Report on leprosy in the North-Western Provinces
Disease focus: Leprosy
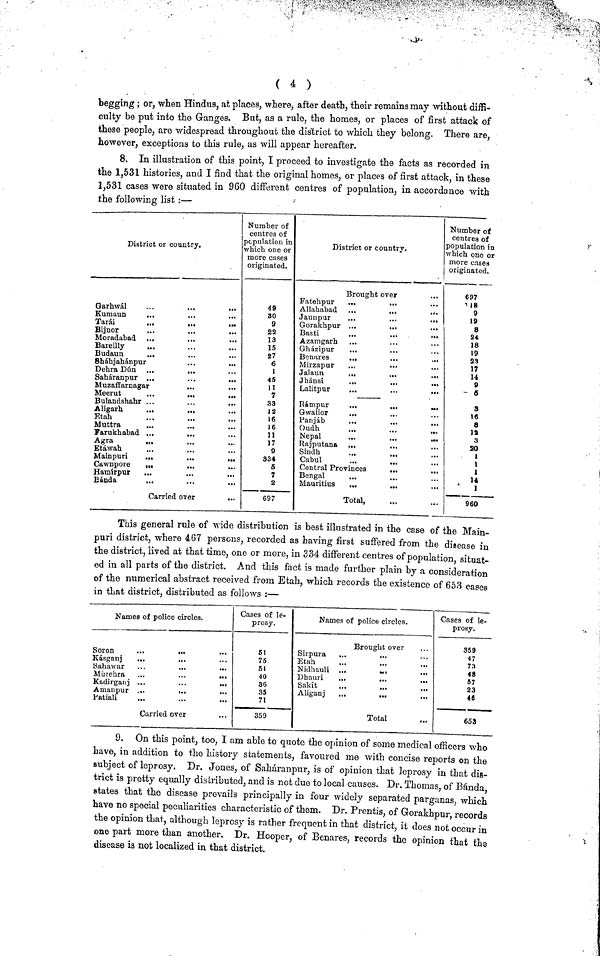
begging ; or, when Hindus, at places, where, after death, their remains may without diffi-
culty be put into the Ganges. But, as a rule, the homes, or places of first attack of
these people, are widespread throughout the district to which they belong. There are,
however, exceptions to this rule, as will appear hereafter.
8. In illustration of this point, I proceed to investigate the facts as recorded in
the 1,531 histories, and I find that the original homes, or places of first attack, in these
1,531 cases were situated in 960 different centres of population, in accordance with
the following list :—
District or country.
Garhwál
...
...
...
Kumaun
...
Tarái
...
...
•••
Bijnor
Moradabad ...
...
•••
Bareilly
...
Budaun
...
Shákjahánpur
Dehra Dún
Saháranpur ...
...
...
Muzaffamagar
Meerut
...
...
...
Bulandshahr ...
Aligarh
...
...
Etah
Muttra
Farukhabad ...
Agra
Etáwah
Mainpuri
...
...
...
Cawnpore
..•
...
Hamirpur
...
...
...
Bánda
Carried over
...
Number of
centres of
Population in
Which. one or
more cases
originated.
49
80
9
22
13
15
27
6
1
45
11
7
33
12
16
16
11
17
9
334
5
7
2
697
District or country.
Brought over
Fatehpur
...
Allahabad ...
...
...
Jauupur
...
...
..•
Gorakhpur ...
Basti
...
...
...
Azamgarh
Gházipur
Benares
.,.
...
,..
Mirzapur
..,
•••
Jalaun
...
...
...
Jhánsi
...
...
...
Lalitpur
...
...
...
Rámpur
...
,.,
...
Gwalior
...
...
Panjáb
Oudh
Nepal
...
...
...
Rajputana ...
Sindh
Cabul
Central Provinces
...
...
Bengal
Mauritius
...
...
Total,
Number oí
centres of
population i
which one c
more cases
originated.
697
18
9
19
8
24
18
19
23
17
14
9
5
3
16
8
la
3
20
t
1
i
14
1
960
This general rule of wide distribution is best illustrated in the case of the Main-
puri district, where 4.67 persons, recorded as having first suffered from the disease in
the district, lived at that time, one or more, in 334 different centres of population, situat-
ed in all parts of the district. And this fact is made further plain by a consideration
of the numerical abstract received from Etah, which records the existence of 653 cases
in that district, distributed as follows :—
Names of police circles.
Soron
...
...
Kásganj
...
Sahawar
Murekra ...
...
•••
Kadirgauj ...
•••
•••
Amanpur ...
•..
Patiali
...
••.
...
Carried over
Cases of le-
prosy.
51
75
51
40
36
35
71
359
Names of police circles.
Brought over
Sirpura
Etah
Nidhauli ...
...
...
Dhauri
...
...
...
Sakít
...
...
...
Aliganj
...
...
Total
Cases of le-
prosy.
359
47
73
48
57
23
46
653
9. On this point, too, I am able to quote the opinion of some medical officers who
have, in addition to the history statements, favoured me with concise reports on the
subject of leprosy. Dr. Jones, of Saháranpur, is of opinion that leprosy in that dis-
trict is pretty equally distributed, and is not due to local causes. Dr. Thomas, of Bánda
states that the disease prevails principally in four widely separated parganas, which
have no special peculiarities characteristic of them. Dr. Prentis, of Gorakhpur records
the opinion that, although leprosy is rather frequent in that district, it does not occur in
one part more than another. Dr. Hooper, of Benares, records the opinion that the
disease is not localized in that district.